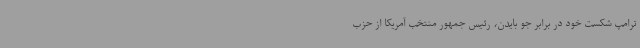
ترامپ شکست خود در برابر جو بایدن، رئیس جمهور منتخب آمریکا از حزب